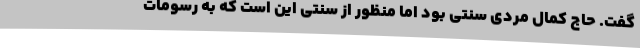
گفت. حاج کمال مردی سنتی بود اما منظور از سنتی این است که به رسومات